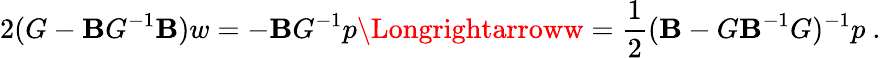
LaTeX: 2(G-\mathbf{B}G^{-1}\mathbf{B})w=-\mathbf{B}G^{-1}p\Longrightarroww=\frac{{1}}{{2}}(\mathbf{B}-G\mathbf{B}^{-1}G)^{-1}p\ .